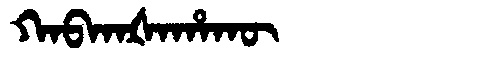
Manchu: ᡴᠠᠪᡴᠠᡧᠠᡥᠠᡴᡡ
Romanization: KABKAŠAHAKŪ